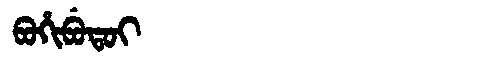
Manchu: ᠪᠣᡥᡳᠪᡠᡨᠣᡳ
Romanization: BOHIBUTOI